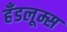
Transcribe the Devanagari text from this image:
हँडलूम्स